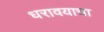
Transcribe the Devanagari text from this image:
धरावयाचा